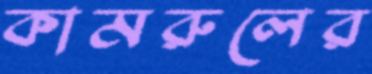
কামরুলের